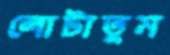
লোটাতুম